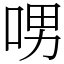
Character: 𠲸